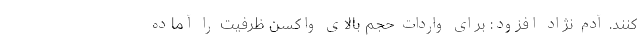
کنند. آدم نژاد افزود: برای واردات حجم بالای واکسن ظرفیت را آماده